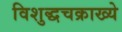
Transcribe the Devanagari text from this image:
विशुद्धचक्राख्ये